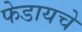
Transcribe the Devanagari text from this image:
फेडायचे